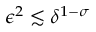
\epsilon ^ { 2 } \lesssim \delta ^ { 1 - \sigma }